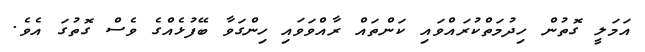
އަމަލީ ގޮތުން ހިދުމަތްކުރައްވައި ކަންތައް ރާއްވަވައި ހިންގަވާ ބޭފުޅެއްގެ ވެސް ގޮތުގަ އެވެ.